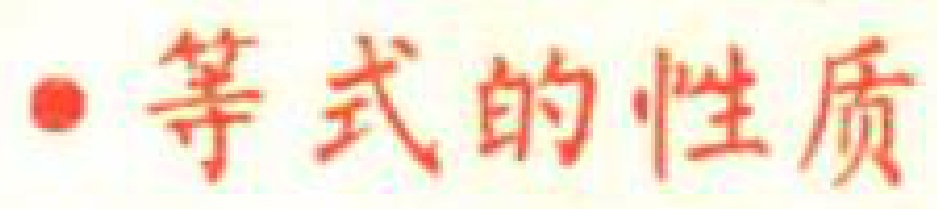
• 等式的性质